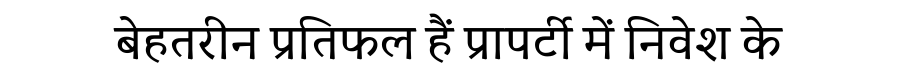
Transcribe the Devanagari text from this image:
बेहतरीन प्रतिफल हैं प्रापर्टी में निवेश के